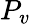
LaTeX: P_{v}